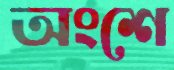
অংশে